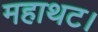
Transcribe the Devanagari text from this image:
महाथट।